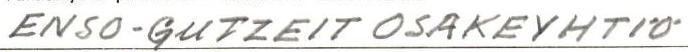
ENSO-GUTZEIT OSAKEYHTIÖ